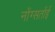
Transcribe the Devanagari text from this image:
नोंग्सतोंई